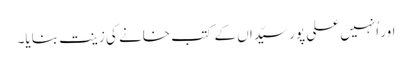
اور اُنہیں علی پور سیّداں کے کتب خانے کی زینت بنایا۔